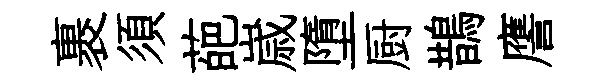
裹須葩𡻕墮厨鵲譍